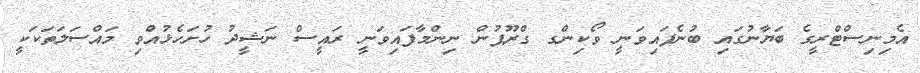
އެމިނިސްޓްރީގެ ބަޔާނުގައި ބުނެފައިވަނީ ވޯކިންގ ގްރޫޕުން ނިންމާފައިވަނީ ރައީސް ނަޝީދު ހުށަހެޅުއްވި މައްސަލަތަކަކީ